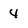
Character: 4